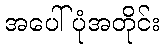
အပေါ်ပုံအတိုင်း